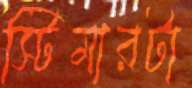
স্টিমারটা